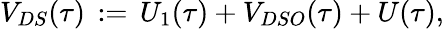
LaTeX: V_{DS}(\tau)\, :=\, U_{1}(\tau)+{V}_{DSO}(\tau)+U(\tau),